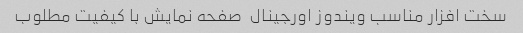
سخت افزار مناسب ویندوز اورجینال  صفحه نمایش با کیفیت مطلوب